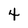
Character: 4